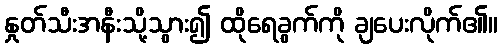
နှုတ်သီးအနီးသို့သွား၍ ထိုရေခွက်ကို ချပေးလိုက်၏။